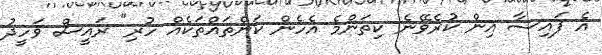
އެ ފައިސާ އިން ކުރެވޭނެ ކިތަންމެ އެހެން ކަންތައްތަކެއް ހުރި" ރައީސް ވަހީދު